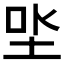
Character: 𡋏